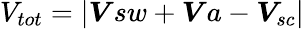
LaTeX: V_{tot}=|\boldsymbol{V}{sw}+\boldsymbol{V}{a}-\boldsymbol{V}_{sc}|